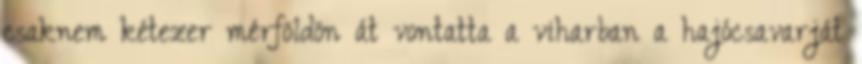
csaknem kétezer mérföldön át vontatta a viharban a hajócsavarját